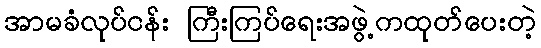
အာမခံလုပ်ငန်း ကြီးကြပ်ရေးအဖွဲ့ကထုတ်ပေးတဲ့